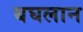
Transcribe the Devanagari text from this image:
बघलान